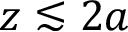
z \lesssim 2 a